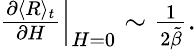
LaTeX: \begin{array}{r}{\left.\frac{\partial\langle R\rangle_{t}}{\partial H}\right|_{H=0}\sim\frac{1}{2\tilde{\beta}}.}\end{array}